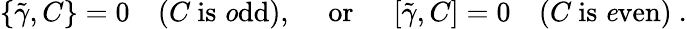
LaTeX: \left\{ \tilde{\gamma},C\right\} =0\quad(C\ \mathrm{is\ {\mathit odd}}),\quad\ \mathrm{or}\ \quad\left[\tilde{\gamma},C\right]=0\quad(C\ \mathrm{is\ {\mathit even}})\ .